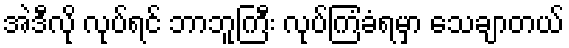
အဲဒီလို လုပ်ရင် ဘာဘူကြီး လုပ်ကြံခံရမှာ သေချာတယ်